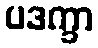
ပဒက္ခာ